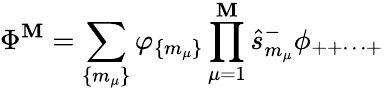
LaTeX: \Phi^{\mathbf{M}}=\sum_{\{ m_{\mu}\} }\varphi_{\{ m_{\mu}\} }\prod_{\mu=1}^{\mathbf{M}}\hat{{s}}_{m_{\mu}}^{-}\phi_{++\cdots+}